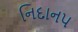
નિદાન૫